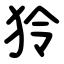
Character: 狑